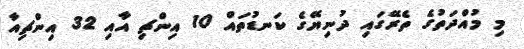
މި މުއްދަތުގެ ތެރޭގައި ދުނިޔޭގެ ކަނޑުތައް 10 އިންޗި އާއި 32 އިންޗިއާ